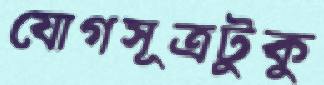
যোগসূত্রটুকু